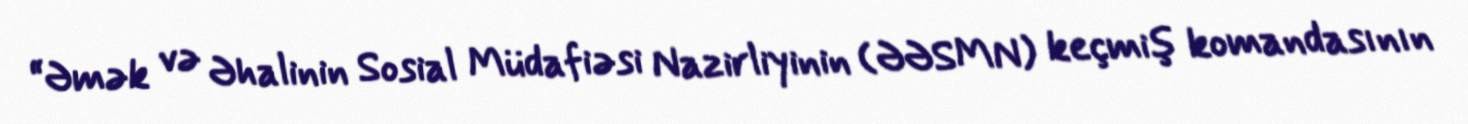
“Əmək və Əhalinin Sosial Müdafiəsi Nazirliyinin (ƏƏSMN) keçmiş komandasının